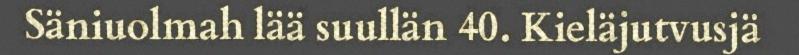
Säniuolmah lää suullän 40. Kieläjutvusjä